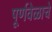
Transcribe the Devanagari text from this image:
पूर्णवेळाचे